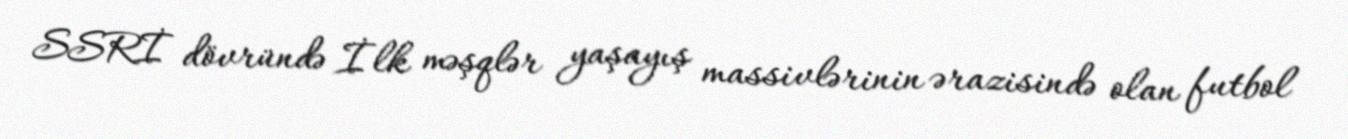
SSRİ dövründə İlk məşqlər yaşayış massivlərinin ərazisində olan futbol